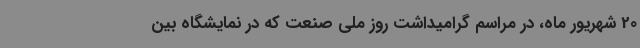
20 شهریور ماه، در مراسم گرامیداشت روز ملی صنعت که در نمایشگاه بین